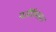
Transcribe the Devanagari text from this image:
बजीरिस्तान